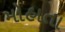
મોહાતા